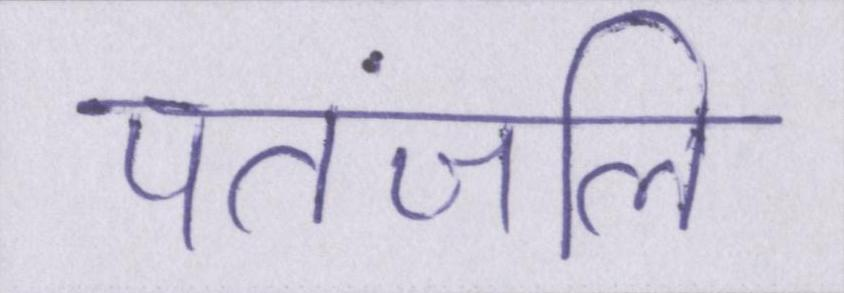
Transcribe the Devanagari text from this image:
पतंजलि